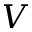
V